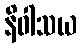
နိဝါသယ